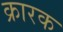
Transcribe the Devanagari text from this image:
क्रारक